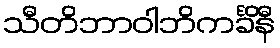
သီတိဘာဝါဘိကင်္ခိနီ